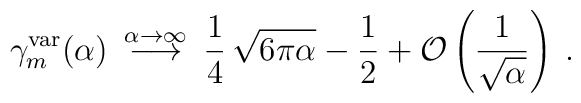
\gamma_m^{\rm var} (\alpha) \> \stackrel{\alpha \to \infty}{\longrightarrow} \> \frac{1}{4} \, \sqrt{6 \pi \alpha} - \frac{1}{2} + {\cal O} \left ( \frac{1}{\sqrt{\alpha}} \right ) \>.